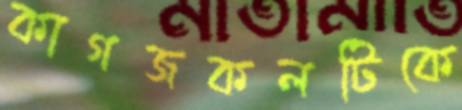
কাগজকলটিকে